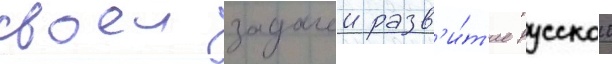
своеи задачеи разв'и́т'ие русскои